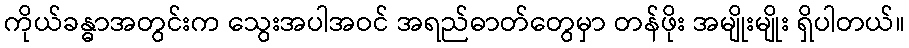
ကိုယ်ခန္ဓာအတွင်းက သွေးအပါအဝင် အရည်ဓာတ်တွေမှာ တန်ဖိုး အမျိုးမျိုး ရှိပါတယ်။